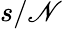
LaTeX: s/\mathscr{N}